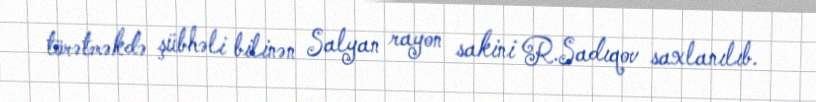
törətməkdə şübhəli bilinən Salyan rayon sakini R.Sadıqov saxlanılıb.